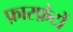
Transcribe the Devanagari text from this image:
फ़ास्फ़ेटों